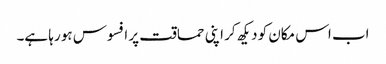
اب اس مکان کو دیکھ کر اپنی حماقت پر افسوس ہو رہا ہے۔